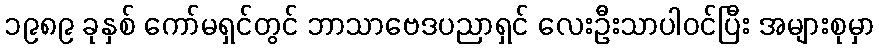
၁၉၈၉ ခုနှစ် ကော်မရှင်တွင် ဘာသာဗေဒပညာရှင် လေးဦးသာပါဝင်ပြီး အများစုမှာ